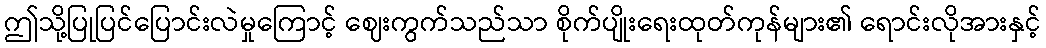
ဤသို့ပြုပြင်ပြောင်းလဲမှုကြောင့် ဈေးကွက်သည်သာ စိုက်ပျိုးရေးထုတ်ကုန်များ၏ ရောင်းလိုအားနှင့်